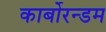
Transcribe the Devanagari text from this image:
कार्बोरन्डम